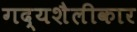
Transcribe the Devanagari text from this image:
गद्यशैलीकार